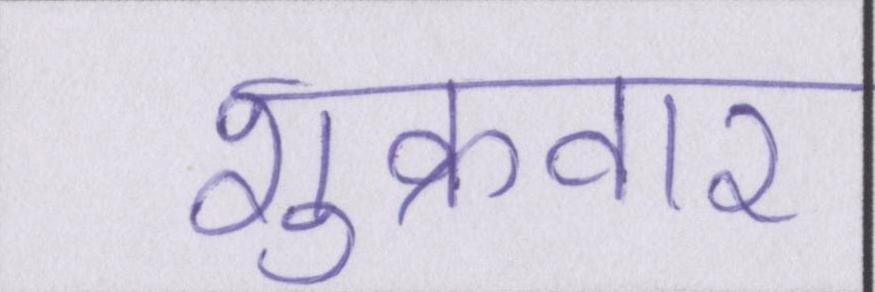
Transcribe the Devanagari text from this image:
शुक्रवार